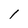
Character: l